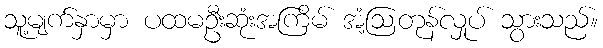
သူ့မျက်နှာမှာ ပထမဦးဆုံးအကြိမ် အံ့ဩတုန်လှုပ် သွားသည်။